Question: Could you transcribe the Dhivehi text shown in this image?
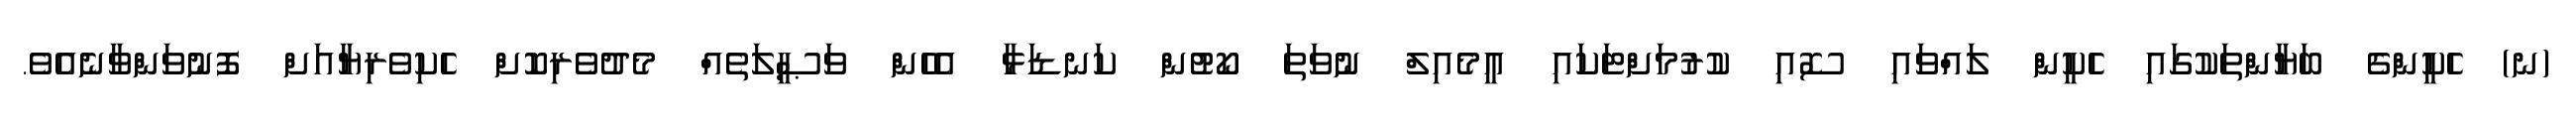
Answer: (ނ) ހެކީންގެ ބަޔާންތަކުގައި ހެކީން ލައްވައި ސޮއި ކުރުމަށްޓަކައި އީމެއިލް ނުވަތަ ކޯޓުން ކަނޑަޅާ އެހެން ވަޞީލަތެއް މެދުވެރިކޮށް ހެކިވެރިޔާއަށް ފޮނުވަންވާނެއެވެ.